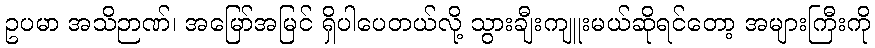
ဥပမာ အသိဉာဏ်၊ အမြော်အမြင် ရှိပါပေတယ်လို့ သွားချီးကျူးမယ်ဆိုရင်တော့ အများကြီးကို